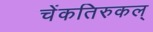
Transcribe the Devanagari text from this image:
चेंकतिरुकल्